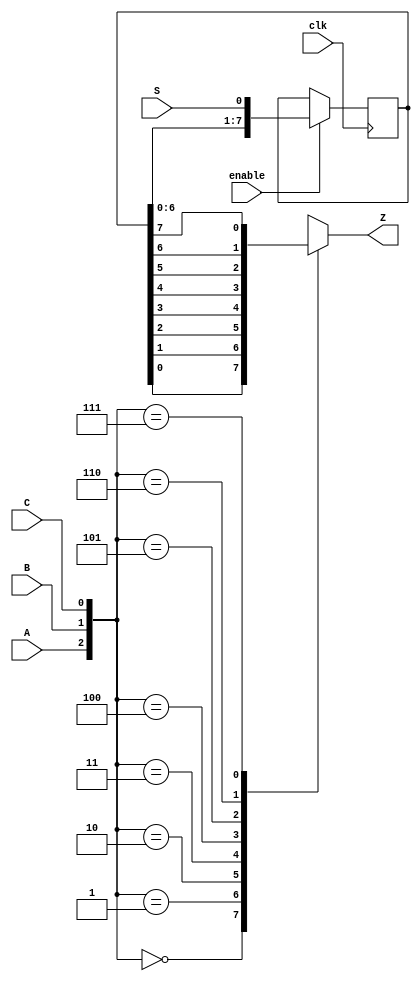
module top_module (
    input clk,
    input enable,
    input S,
    input A, B, C,
    output reg Z ); 
    reg [7:0] Q;
   initial Q<= 0;
    always @(posedge clk) begin
        if(enable) begin Q[7:0]<={Q[6:0],S}; end
        else Q <= Q; end
    always @(*) begin
        case ({A,B,C}) 
            3'b000:Z = Q[0];
            3'b001:Z = Q[1];
            3'b010:Z = Q[2];
            3'b011:Z = Q[3];
            3'b100:Z = Q[4];
            3'b101:Z = Q[5];
            3'b110:Z = Q[6];
            3'b111:Z = Q[7];
            default: Z = Q[0];
        endcase
    end
endmodule